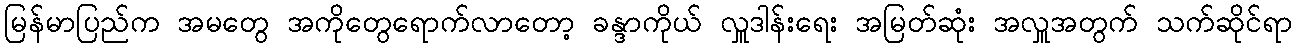
မြန်မာပြည်က အမတွေ အကိုတွေရောက်လာတော့ ခန္ဒာကိုယ် လှူဒါန်းရေး အမြတ်ဆုံး အလှူအတွက် သက်ဆိုင်ရာ